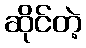
ဆိုင်တဲ့